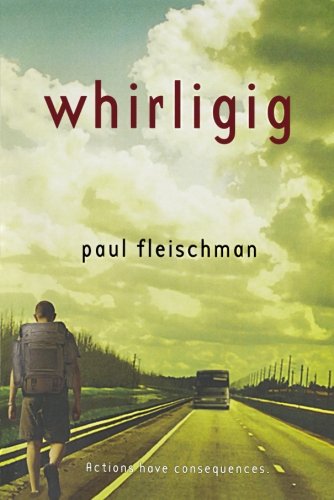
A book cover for Whirligig; Paul Fleischman; Teen & Young Adult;